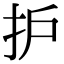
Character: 护